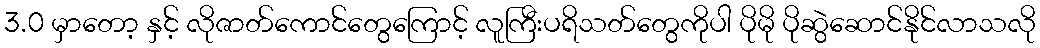
3.0 မှာတော့ နှင့် လိုဇာတ်ကောင်တွေကြောင့် လူကြီးပရိသတ်တွေကိုပါ ပိုမို ပိုဆွဲဆောင်နိုင်လာသလို